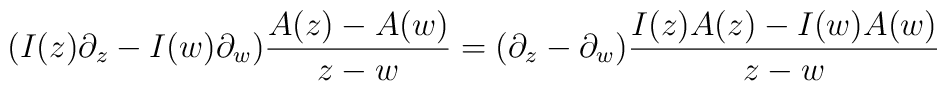
(I(z) \partial_z-I(w) \partial_w)\frac{A(z)-A(w)}{z-w}  = (\partial_z-\partial_w)\frac{I(z)A(z)-I(w)A(w)}{z-w}